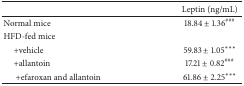
<table><thead><tr><td><b> </b></td><td><b>Leptin (ng/mL)</b></td></tr></thead><tbody><tr><td>Normal mice</td><td>18.84 ± 1.36<sup>###</sup></td></tr><tr><td>HFD-fed mice</td><td> </td></tr><tr><td> +vehicle</td><td>59.83 ± 1.05***</td></tr><tr><td> +allantoin</td><td>17.21 ± 0.82<sup>###</sup></td></tr><tr><td>+efaroxan and allantoin</td><td>61.86 ± 2.25***</td></tr></tbody></table>